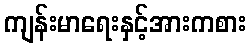
ကျန်းမာရေးနှင့်အားကစား